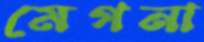
মেগনা